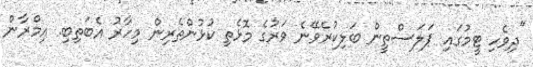
"ދިވެހި ޓީމުގައި ޕަލަސްތީން ބަލިކުރެވޭނެ ވަރުގެ މޮޅެތި ކުޅުންތެރިން މިހާރު އެބަތިބި. އިމްރާން